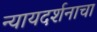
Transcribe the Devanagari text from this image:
न्यायदर्शनाचा